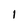
Character: l